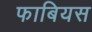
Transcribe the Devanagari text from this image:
फाबियस